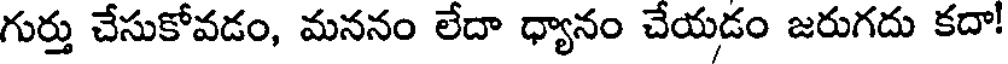
గుర్తు చేసుకోవడం, మననం లేదా ధ్యానం చేయడం జరుగదు కదా!